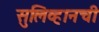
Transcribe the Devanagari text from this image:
सुलिव्हानची